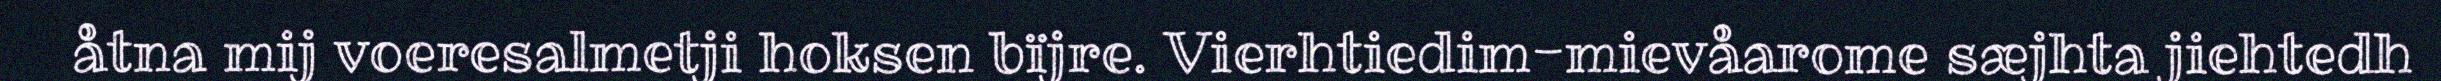
åtna mij voeresalmetji hoksen bïjre. Vierhtiedim-mievåarome sæjhta jiehtedh